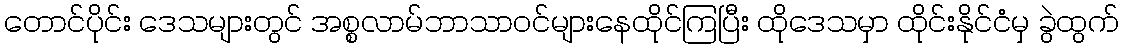
တောင်ပိုင်း ဒေသများတွင် အစ္စလာမ်ဘာသာဝင်များနေထိုင်ကြပြီး ထိုဒေသမှာ ထိုင်းနိုင်ငံမှ ခွဲထွက်